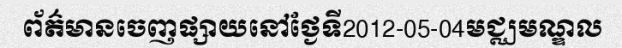
ព័ត៌មានចេញផ្សាយនៅថ្ងែទី2012-05-04មជ្ឈមណ្ឌល